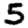
Digit: 5